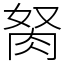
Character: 胬